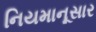
નિયમાનૂસાર